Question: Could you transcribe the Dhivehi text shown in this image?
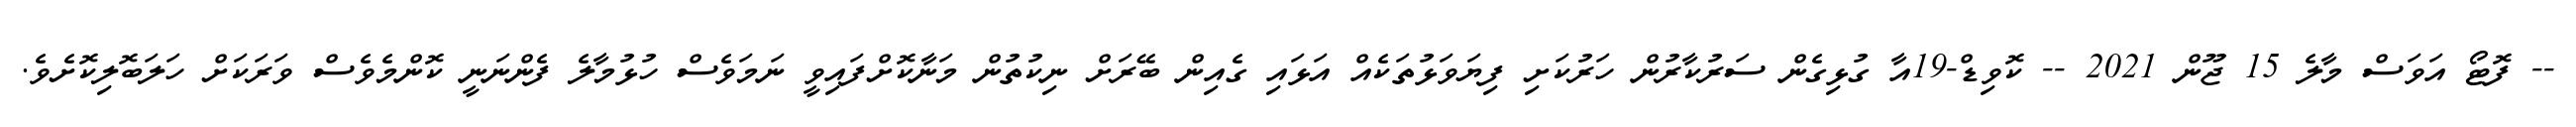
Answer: -- ފޮޓޯ އަވަސް މާލެ 15 ޖޫން 2021 -- ކޮވިޑް-19އާ ގުޅިގެން ސަރުކާރުން ހަރުކަށި ފިޔަވަޅުތަކެއް އަޅައި ގެއިން ބޭރަށް ނިކުތުން މަނާކޮށްފައިވީ ނަމަވެސް ހުޅުމާލެ ފެންނަނީ ކޮންމެވެސް ވަރަކަށް ހަލަބޮލިކޮށެވެ.